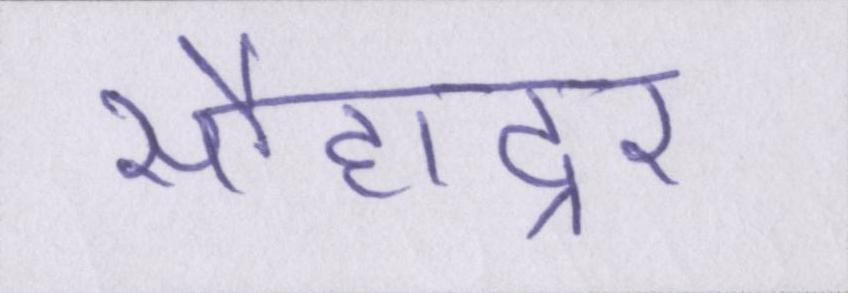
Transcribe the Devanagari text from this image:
सौहाद्र्र